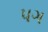
પગ